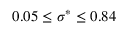
0 . 0 5 \leq \sigma ^ { * } \leq 0 . 8 4